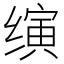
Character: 𬙂